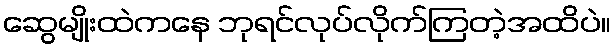
ဆွေမျိုးထဲကနေ ဘုရင်လုပ်လိုက်ကြတဲ့အထိပဲ။